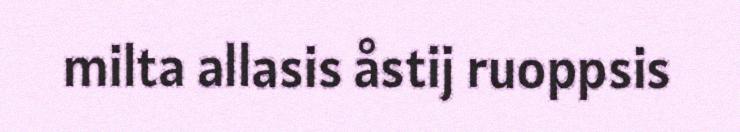
milta allasis åstij ruoppsis